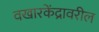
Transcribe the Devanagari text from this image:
वखारकेंद्रावरील